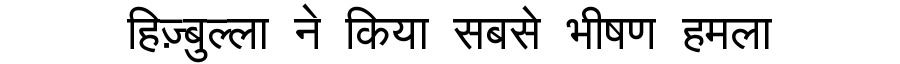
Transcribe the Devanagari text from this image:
हिज़्बुल्ला ने किया सबसे भीषण हमला